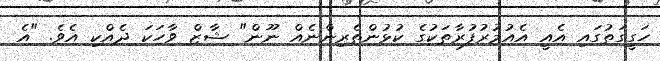
ހަގީގަތުގައި އެއީ އެއުމުރުފުރާތަކުގެ ކުޅުންތެރިންނެއް ނޫން" ޝާޒް ވާހަކަ ދެއްކި އެވެ. "އެ